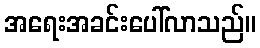
အရေးအခင်းပေါ်လာသည်။